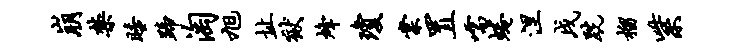
崩禁睡蹄淘旭址狱烽琼棠置嚅蜷涅戌跣榴紫